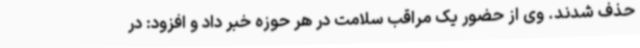
حذف شدند. وی از حضور یک مراقب سلامت در هر حوزه خبر داد و افزود: در